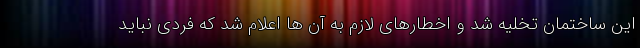
این ساختمان تخلیه شد و اخطارهای لازم به آن ها اعلام شد که فردی نباید